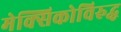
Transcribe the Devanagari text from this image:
मेक्सिकोविरुद्ध